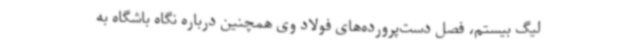
لیگ بیستم، فصل دست‌پرورده‌های فولاد وی همچنین درباره نگاه باشگاه به